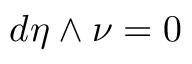
d \eta \wedge \nu = 0